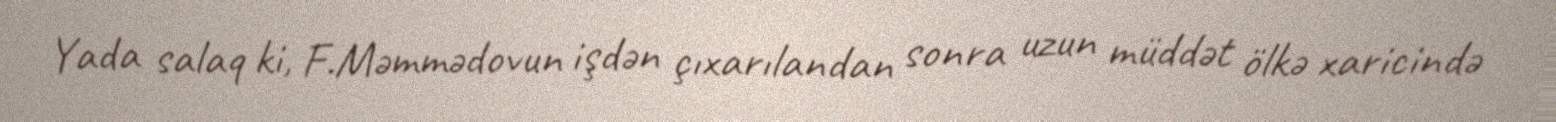
Yada salaq ki, F.Məmmədovun işdən çıxarılandan sonra uzun müddət ölkə xaricində